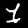
Digit: 1